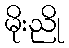
မိုးညို